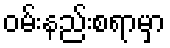
ဝမ်းနည်းစရာမှာ